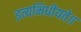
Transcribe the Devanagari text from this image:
इत्यभिधीयते॥